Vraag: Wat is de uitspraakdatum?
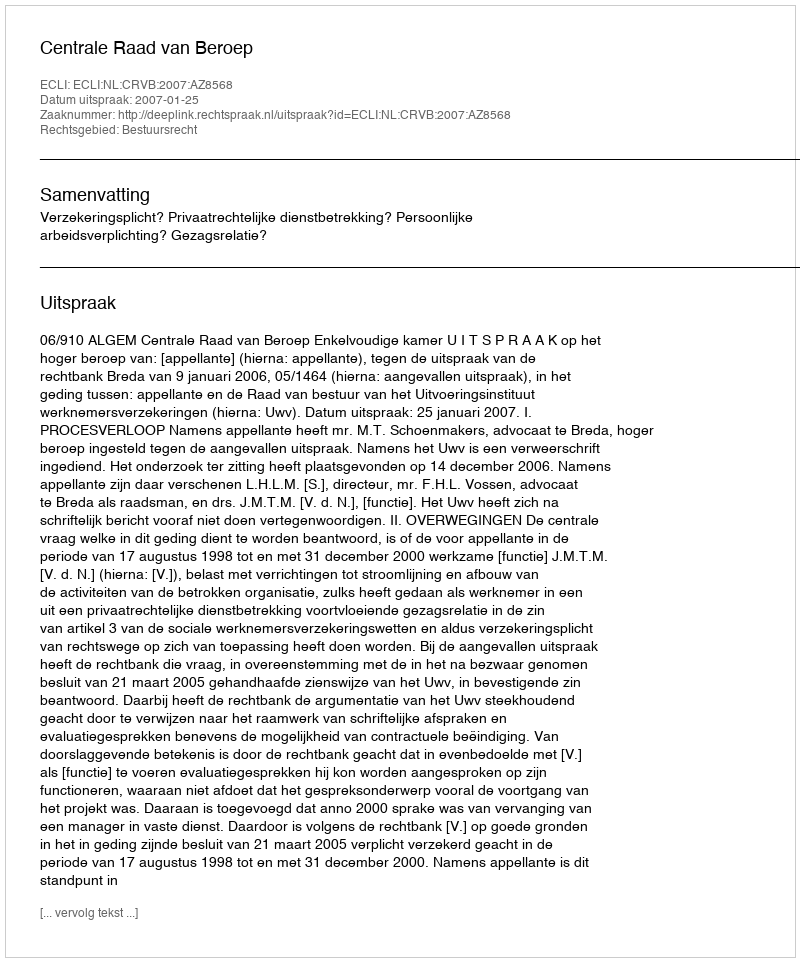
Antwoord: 2007-01-25